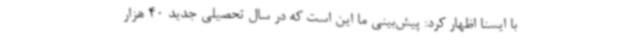
با ایسنا اظهار کرد: پیش‌بینی ما این است که در سال تحصیلی جدید 40 هزار